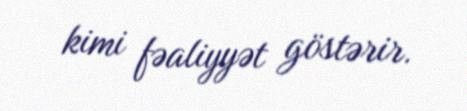
kimi fəaliyyət göstərir.